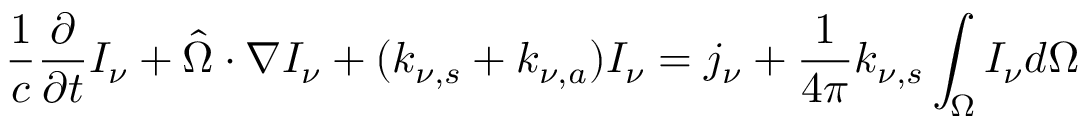
{ \frac { 1 } { c } } { \frac { \partial } { \partial t } } I _ { \nu } + { \hat { \Omega } } \cdot \nabla I _ { \nu } + ( k _ { \nu , s } + k _ { \nu , a } ) I _ { \nu } = j _ { \nu } + { \frac { 1 } { 4 \pi } } k _ { \nu , s } \int _ { \Omega } I _ { \nu } d \Omega